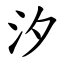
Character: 汐